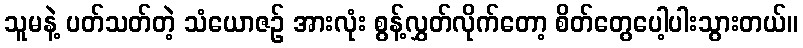
သူမနဲ့ ပတ်သတ်တဲ့ သံယောဇဉ် အားလုံး စွန့်လွှတ်လိုက်တော့ စိတ်တွေပေါ့ပါးသွားတယ်။